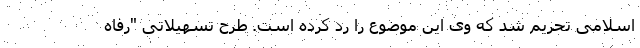
اسلامی تحریم شد ‌که وی این موضوع را رد کرده است. طرح تسهیلاتی "رفاه